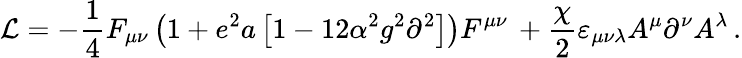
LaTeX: {\cal L}=-\frac{1}{4}F_{\mu\nu}\left({1+e^{2}a\left[{1-12\alpha^{2}g^{2}\partial^{2}}\right]}\right)F^{\mu\nu}\, +\frac{\chi}{2}\varepsilon_{\mu\nu\lambda}A^{\mu}\partial^{\nu}A^{\lambda}\, .